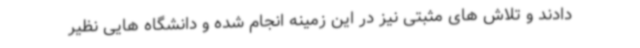
دادند و تلاش های مثبتی نیز در این زمینه انجام شده و دانشگاه هایی نظیر